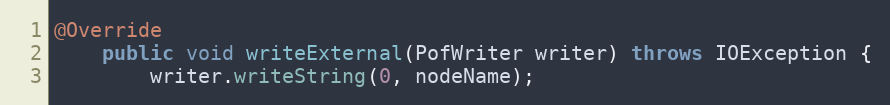
Language: Java
@Override
    public void writeExternal(PofWriter writer) throws IOException {
        writer.writeString(0, nodeName);